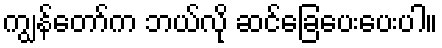
ကျွန်တော်က ဘယ်လို ဆင်ခြေပေးပေးပါ။